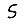
Digit: 5